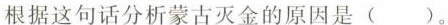
根据这句话分析蒙古灭金的原因是( )。